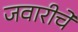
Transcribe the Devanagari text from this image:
जवारीचे